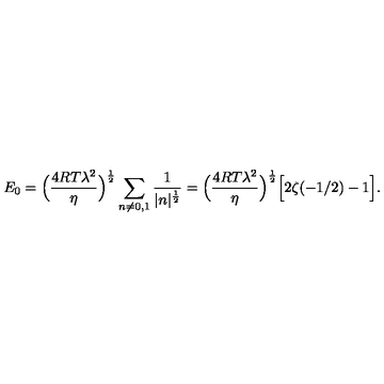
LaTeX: E _ { 0 } = \Bigl ( { \frac { 4 R T \lambda ^ { 2 } } { \eta } } \Bigr ) ^ { { \frac { 1 } { 2 } } } \sum _ { n \neq 0 , 1 } { \frac { 1 } { | n | ^ { { \frac { 1 } { 2 } } } } } = \Bigl ( { \frac { 4 R T \lambda ^ { 2 } } { \eta } } \Bigr ) ^ { { \frac { 1 } { 2 } } } \Bigl [ 2 \zeta ( - 1 / 2 ) - 1 \Bigr ] .